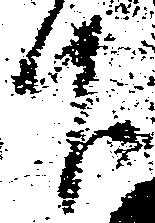
下